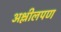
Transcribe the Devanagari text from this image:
अश्लीलपण